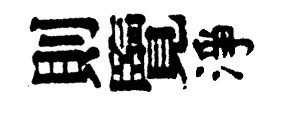
則覽淨